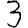
Digit: 3